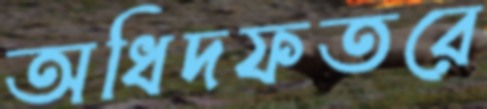
অধিদফতরে